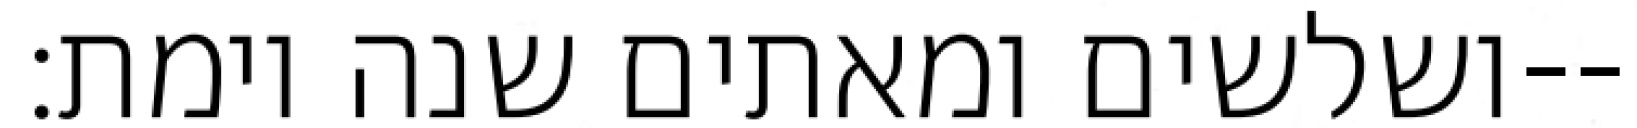
ושלשים ומאתים שנה וימת׃--